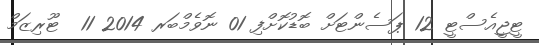
ޓީޖީއެސްޓީ 12 ޕަސެންޓަށް ބޮޑުކޮށްފި 01 ނޮވެމްބަރ 2014 11  ޓޫރިޒަމް